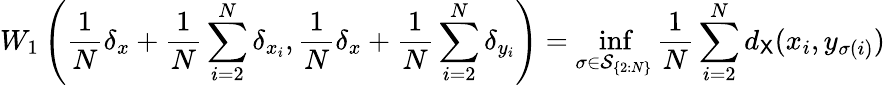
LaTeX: W_{1}\left(\frac{1}{N}\delta_{x}+\frac{1}{N}\sum_{i=2}^{N}\delta_{x_{i}},\frac{1}{N}\delta_{x}+\frac{1}{N}\sum_{i=2}^{N}\delta_{y_{i}}\right)=\operatorname*{inf}_{\sigma\in{\mathcal S}_{\{ 2:N\} }}\frac{1}{N}\sum_{i=2}^{N}d_{{\mathsf X}}(x_{i},y_{\sigma(i)})